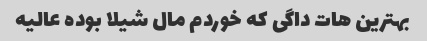
بهترین هات داگی که خوردم مال شیلا بوده عالیه